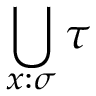
\bigcup _ { x : \sigma } \tau